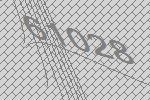
61028